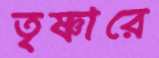
তৃষ্ণারে